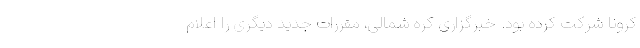
کرونا شرکت کرده بود. خبرگزاری کره شمالی، مقررات جدید دیگری را اعلام